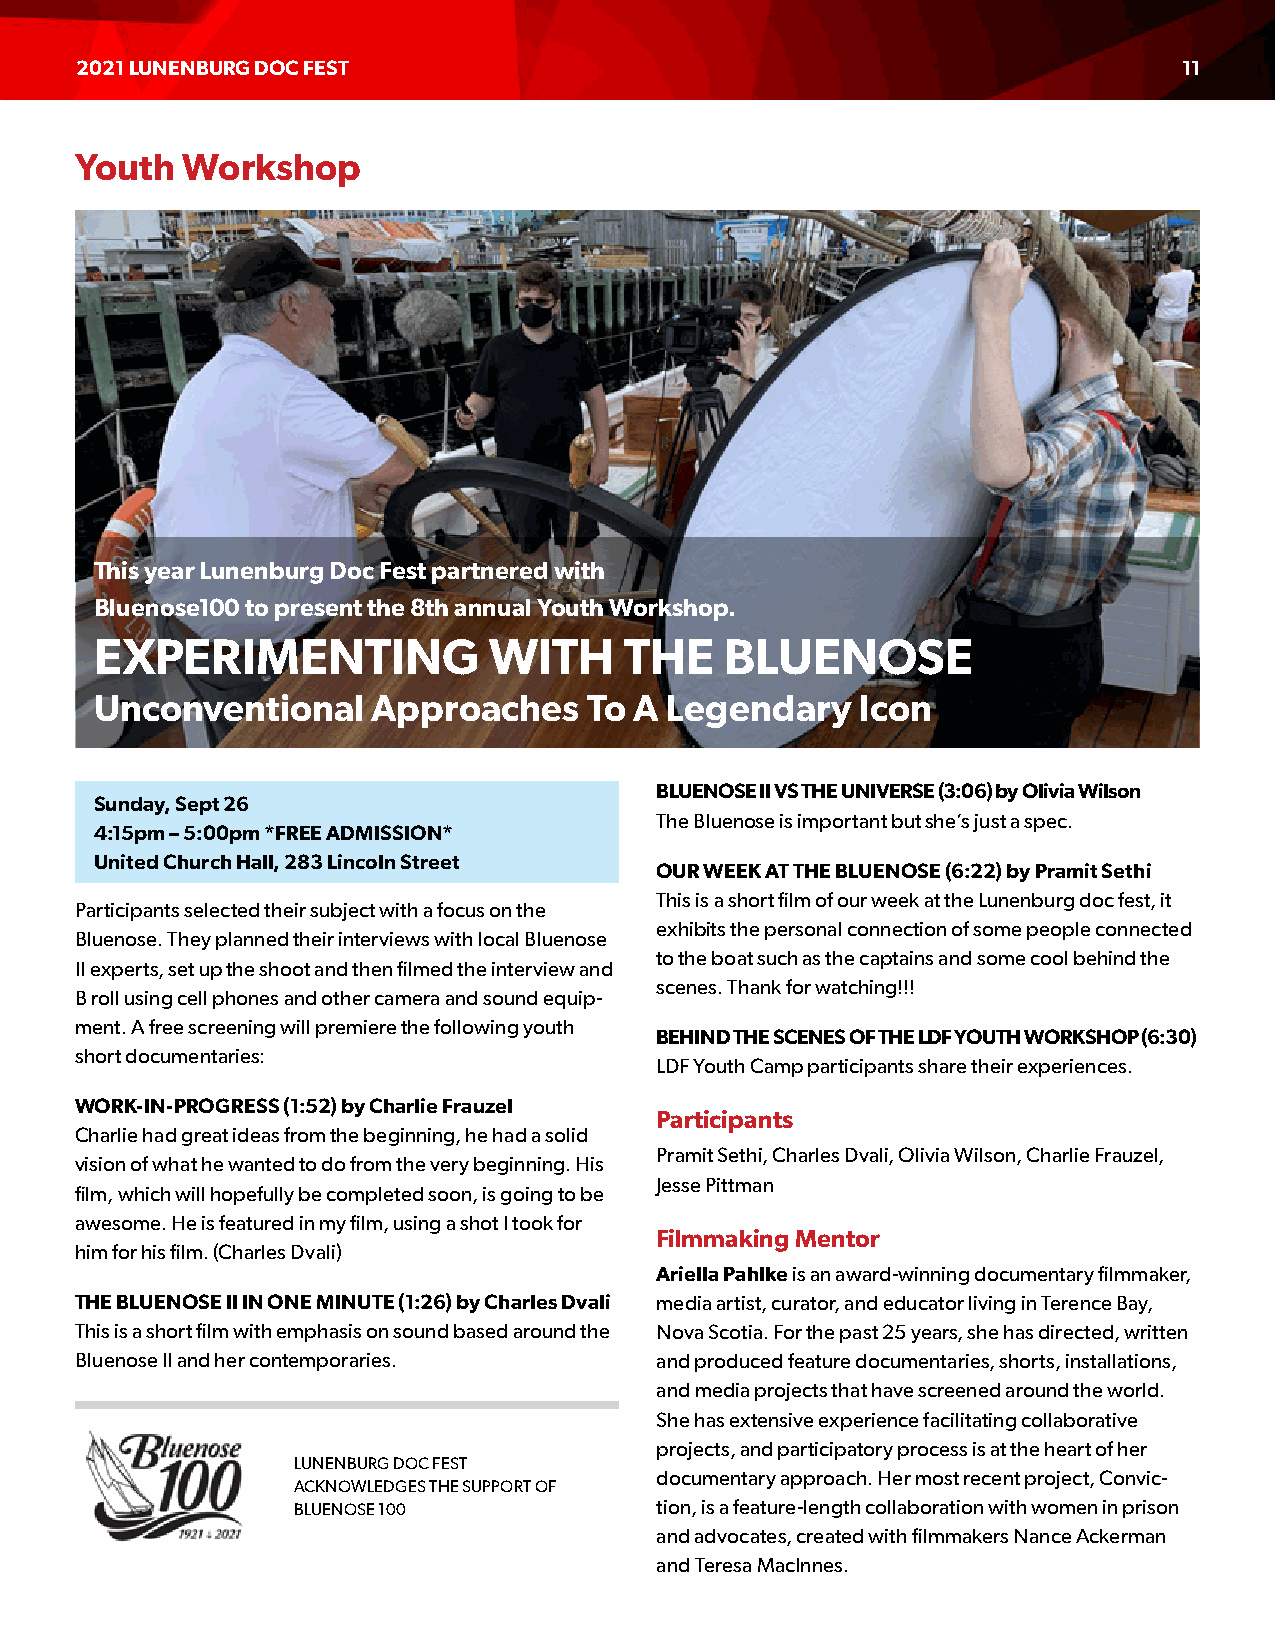
2021 LUNENBURG DOC FEST                                                  11
 Youth  Workshop
 This year Lunenburg Doc Fest partnered with
 Bluenose100 to present the 8th annual Youth Workshop.
 EXPERIMENTING             WITH     THE    BLUENOSE
 Unconventional     Approaches    To A Legendary    Icon
 BLUENOSE II VS THE UNIVERSE (3:06) by Olivia Wilson
 Sunday, Sept 26
 The Bluenose is important but she’s just a spec.
 4:15pm – 5:00pm *FREE ADMISSION*
 United Church Hall, 283 Lincoln Street
 OUR WEEK AT THE BLUENOSE (6:22) by Pramit Sethi
 This is a short film of our week at the Lunenburg doc fest, it
 Participants selected their subject with a focus on the
 exhibits the personal connection of some people connected
 Bluenose. They planned their interviews with local Bluenose
 to the boat such as the captains and some cool behind the
 II experts, set up the shoot and then filmed the interview and
 scenes. Thank for watching!!!
 B roll using cell phones and other camera and sound equip-
 ment. A free screening will premiere the following youth
 BEHIND THE SCENES OF THE LDF YOUTH WORKSHOP (6:30)
 short documentaries:
 LDF Youth Camp participants share their experiences.
 WORK-IN-PROGRESS (1:52) by Charlie Frauzel
 Participants
 Charlie had great ideas from the beginning, he had a solid
 Pramit Sethi, Charles Dvali, Olivia Wilson, Charlie Frauzel,
 vision of what he wanted to do from the very beginning. His
 Jesse Pittman
 film, which will hopefully be completed soon, is going to be
 awesome. He is featured in my film, using a shot I took for
 Filmmaking Mentor
 him for his film. (Charles Dvali)
 Ariella Pahlke is an award-winning documentary filmmaker,
 THE BLUENOSE II IN ONE MINUTE (1:26) by Charles Dvali media artist, curator, and educator living in Terence Bay,
 This is a short film with emphasis on sound based around the Nova Scotia. For the past 25 years, she has directed, written
 Bluenose II and her contemporaries.   and produced feature documentaries, shorts, installations,
 and media projects that have screened around the world.
 She has extensive experience facilitating collaborative
 projects, and participatory process is at the heart of her
 LUNENBURG DOC FEST
 documentary approach. Her most recent project, Convic-
 ACKNOWLEDGES THE SUPPORT OF
 BLUENOSE 100            tion, is a feature-length collaboration with women in prison
 and advocates, created with filmmakers Nance Ackerman
 and Teresa MacInnes.